Civil Veterinary Department ledger series I-VI
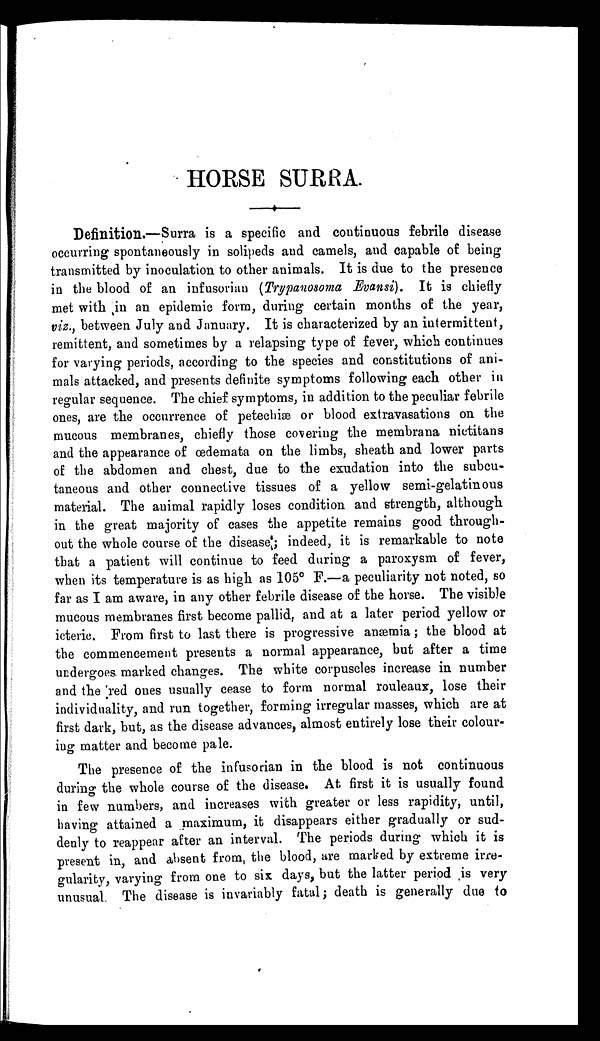
HORSE SURRA.
Definition.—Surra is a specific and continuous febrile disease
occurring spontaneously in solipeds and camels, and capable of being
transmitted by inoculation to other animals. It is due to the presence
in the blood of an infusorian (Trypanosoma Evansi). It is chiefly
met with in an epidemic form, during certain months of the year,
viz., between July and January. It is characterized by an intermittent,
remittent, and sometimes by a relapsing type of fever, which continues
for varying periods, according to the species and constitutions of ani-
mals attacked, and presents definite symptoms following each other in
regular sequence. The chief symptoms, in addition to the peculiar febrile
ones, are the occurrence of petechiæ or blood extravasations on the
mucous membranes, chiefly those covering the membrana nictitans
and the appearance of œdemata on the limbs, sheath and lower parts
of the abdomen and chest, due to the exudation into the subcu-
taneous and other connective tissues of a yellow semi-gelatinous
material. The animal rapidly loses condition and strength, although
in the great majority of cases the appetite remains good through-
out the whole course of the disease; indeed, it is remarkable to note
that a patient will continue to feed during a paroxysm of fever,
when its temperature is as high as 105º F.—a peculiarity not noted, so
far as I am aware, in any other febrile disease of the horse. The visible
mucous membranes first become pallid, and at a later period yellow or
icteric. From first to last there is progressive anæmia; the blood at
the commencement presents a normal appearance, but after a time
undergoes, marked changes. The white corpuscles increase in number
and the red ones usually cease to form normal rouleaux, lose their
individuality, and run together, forming irregular masses, which are at
first dark, but, as the disease advances, almost entirely lose their colour-
ing matter and become pale.
The presence of the infusorian in the blood is not continuous
during the whole course of the disease. At first it is usually found
in few numbers, and increases with greater or less rapidity, until,
having attained a maximum, it disappears either gradually or sud-
denly to reappear after an interval. The periods during which it is
present in, and absent from, the blood, are marked by extreme irre-
gularity, varying from one to six days, but the latter period is very
unusual. The disease is invariably fatal; death is generally due to